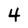
Character: 4